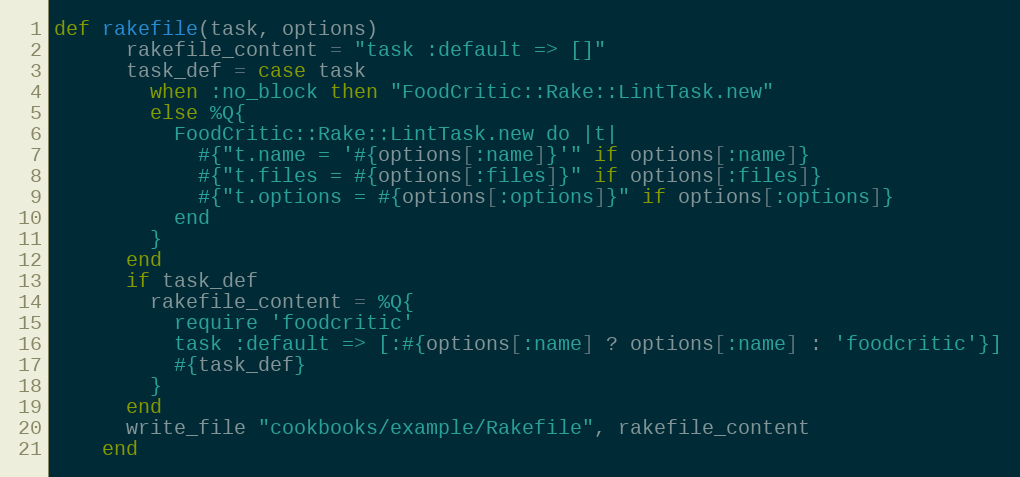
Language: Ruby
def rakefile(task, options)
      rakefile_content = "task :default => []"
      task_def = case task
        when :no_block then "FoodCritic::Rake::LintTask.new"
        else %Q{
          FoodCritic::Rake::LintTask.new do |t|
            #{"t.name = '#{options[:name]}'" if options[:name]}
            #{"t.files = #{options[:files]}" if options[:files]}
            #{"t.options = #{options[:options]}" if options[:options]}
          end
        }
      end
      if task_def
        rakefile_content = %Q{
          require 'foodcritic'
          task :default => [:#{options[:name] ? options[:name] : 'foodcritic'}]
          #{task_def}
        }
      end
      write_file "cookbooks/example/Rakefile", rakefile_content
    end